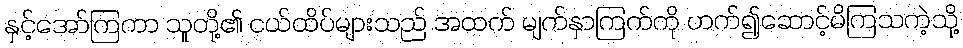
နှင့်အော်ကြကာ သူတို့၏ ငယ်ထိပ်များသည် အထက် မျက်နှာကြက်ကို ဟက်၍ဆောင့်မိကြသကဲ့သို့